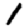
Digit: 1